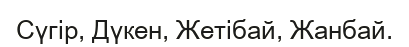
Сүгір, Дүкен, Жетібай, Жанбай.